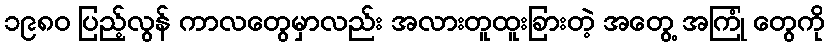
၁၉၈၀ ပြည့်လွန် ကာလတွေမှာလည်း အလားတူထူးခြားတဲ့ အတွေ့ အကြုံ တွေကို